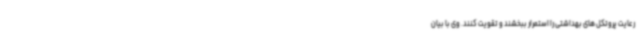
رعایت پروتکل های بهداشتی را استمرار ببخشند و تقویت کنند. وی با بیان